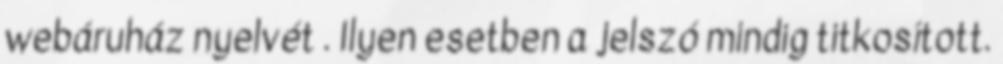
webáruház nyelvét . Ilyen esetben a jelszó mindig titkosított.